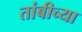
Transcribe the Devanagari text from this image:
तांबीच्या